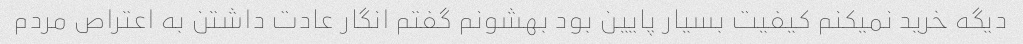
دیگه خرید نمیکنم کیفیت بسیار پایین بود بهشونم گفتم انگار عادت داشتن به اعتراص مردم